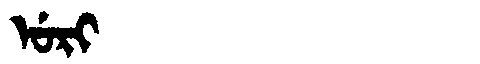
Manchu: ᡠᡵᡳ
Romanization: URI